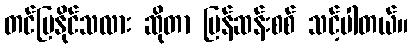
တင်ပြနိုင်သလား ဆိုတာ ပြန်ဆန်းစစ် သင့်ပါတယ်။